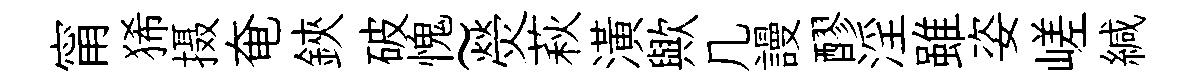
甯狶摄奄鋏破愧~熒萩潢歟几謾醪淫雖姿嵯緘